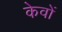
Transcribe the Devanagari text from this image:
केवों